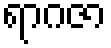
ရာဂဇာ